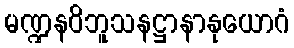
မဏ္ဍနဝိဘူသနဋ္ဌာနာနုယောဂံ